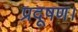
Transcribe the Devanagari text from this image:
प्रदूषण।